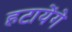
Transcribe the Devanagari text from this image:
हटायेंगे